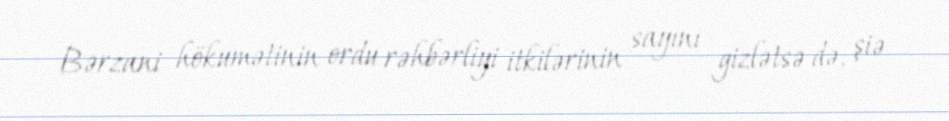
Bərzani hökumətinin ordu rəhbərliyi itkilərinin sayını gizlətsə də, şiə